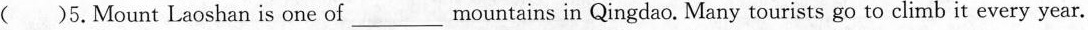
( )5.Mount Laoshan is one of ___ mountains in Qingdao. Many tourists go to climb it every year.